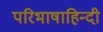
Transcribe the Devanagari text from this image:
परिभाषाहिन्दी